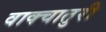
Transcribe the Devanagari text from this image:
वाक्चातुरी